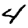
Digit: 4